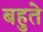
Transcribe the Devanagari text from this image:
बहुते